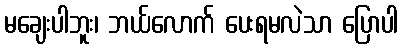
မချေးပါဘူး၊ ဘယ်လောက် ပေးရမလဲသာ ပြောပါ